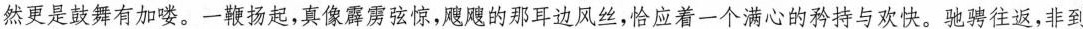
然更是鼓舞有加喽。一鞭扬起,真像霹雳弦惊,飕飕的那耳边风丝,恰应着一个满心的矜持与欢快。驰骋往返，非到